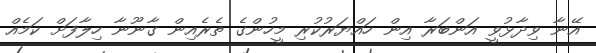
އޭނާ ވިދާޅުވީ އަންބަރާ އިން ހައްޔަރުކުރި މީހުންގެ ތެރެއިން ގާނޫނާ ހިލާފަށް ކަމެއް